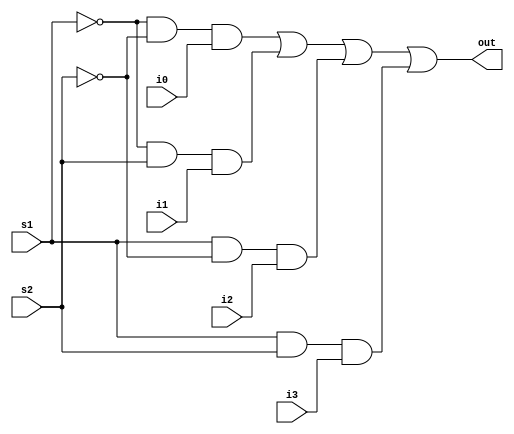
module mux4x1_str(output out, input i0,i1,i2,i3,s1,s2);

  wire sb1,sb2,o1,o2,o3,o4;

   and D1(o1,sb1,sb2,i0);
   and D2(o2,sb1,s2,i1);
   and D3(o3,s1,sb2,i2);
   and D4(o4,s1,s2,i3);
   not INV1(sb1,s1);
   not INV2(sb2,s2);
   or O1(out,o1,o2,o3,o4);

endmodule